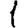
Digit: 1